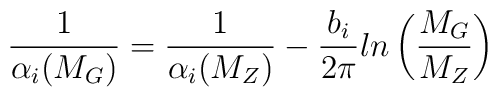
\frac{1}{\alpha_i(M_G)} = \frac{1}{\alpha_i(M_Z)} - \frac{b_i}{2 \pi} ln \left(\frac{M_G}{M_Z} \right)